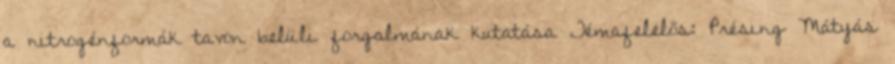
a nitrogénformák tavon belüli forgalmának kutatása Témafelelős: Présing Mátyás